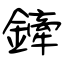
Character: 鏲